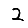
Digit: 2